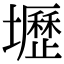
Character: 壢